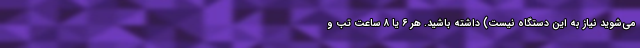
می‌شوید نیاز به این دستگاه نیست) داشته باشید. هر ۶ یا ۸ ساعت تب و